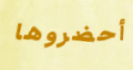
أحضروها